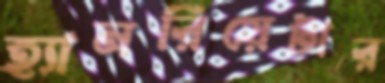
হ্যানরিয়েটার